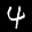
Label: 4